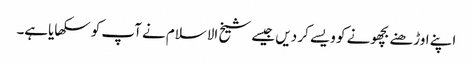
اپنے اوڑھنے بچھونے کو ویسے کر دیں جیسے شیخ الاسلام نے آپ کو سکھایاہے۔